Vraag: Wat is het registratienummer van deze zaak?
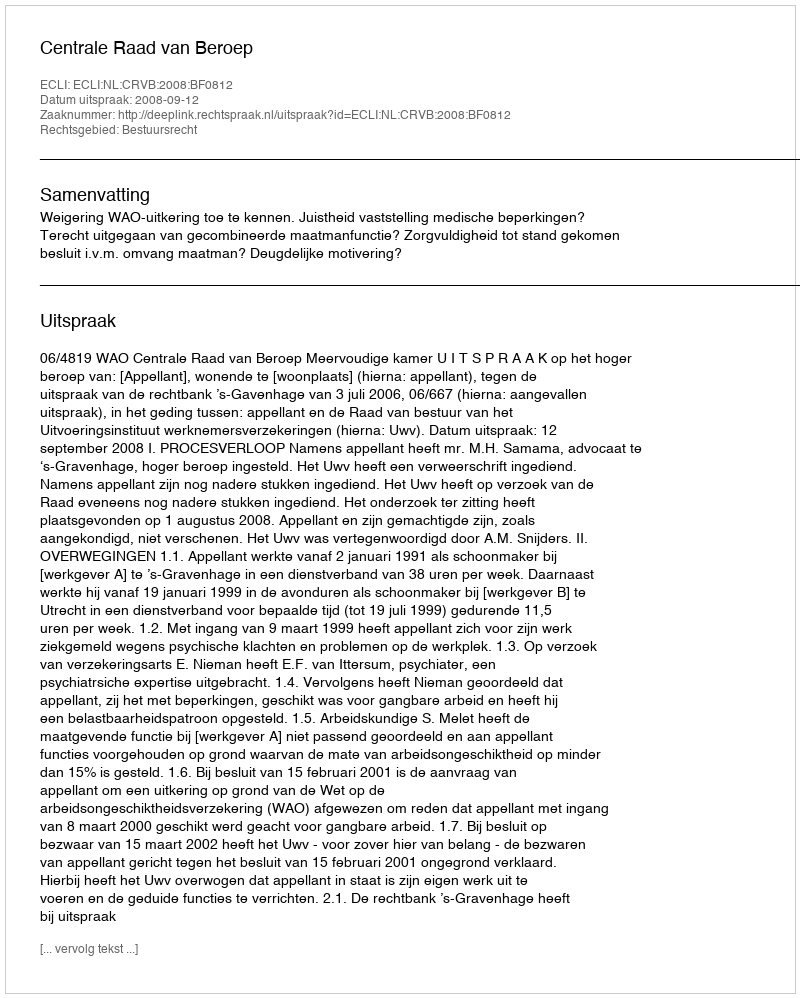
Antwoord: http://deeplink.rechtspraak.nl/uitspraak?id=ECLI:NL:CRVB:2008:BF0812